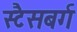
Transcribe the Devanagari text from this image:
स्टैसबर्ग